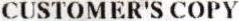
CUSTOMER'S COPY